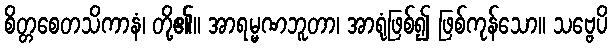
စိတ္တစေတသိကာနံ၊ တို့၏။ အာရမ္မဏဘူတာ၊ အာရုံဖြစ်၍ ဖြစ်ကုန်သော။ သဗ္ဗေပိ